system: You are a helpful assistant.
user:
Analyze the provided spectrum to determine if it is a **S-type Star**.

- **Key Indicators for S-type Star:**

    - **(Overall Spectrum Shape):** The first and most obvious characteristic is the overall continuum (the "baseline" shape). It is **extremely "red-sloping,"** meaning the flux (light intensity) is very low on the left side (blue, ~4000-4500 Å) and rises steeply and continuously toward the right side (red, ~7000 Å+).

    - **(Primary):** The spectrum is defined by the presence of strong, broad molecular absorption "valleys" (bands) from **Zirconium Oxide (ZrO)**. The identification of these bands is the **primary requirement** for classifying a star as S-type.
        - **(Key Bandheads):** You must find distinct, deep "dips" where the light has been absorbed. The most critical band systems to locate are:
            - **~6474 Å** ($\gamma$-system): This is often the strongest and clearest ZrO feature, found in the red part of the spectrum.
            - **~5718 Å** & **~5551 Å** ($\beta$-system): A pair of prominent absorption features in the yellow-orange part of the spectrum.
            - **~4640 Å** ($\alpha$-system): A key absorption band system in the blue-green region of the spectrum.

    - **(Secondary Confirmation):** The classification is strengthened by finding additional absorption bands from other related heavy element oxides, which are expected to be present alongside ZrO.
        - **(Key Bandheads):**
            - **Yttrium Oxide (YO):** Look for absorption dips near **~4800 Å** and **~6100 Å**.
            - **Lanthanum Oxide (LaO):** Additional absorption features, particularly in the red-orange part of the spectrum, are also characteristic.

    - **(Line Profile):** The combination of the steep red continuum and these numerous, deep molecular bands (ZrO, YO, etc.) gives the entire spectrum a very **"chopped-up"** or **"bumpy"** appearance. Instead of a smooth curve, the spectrum looks as though large, wide chunks of light have been "carved out" of it at the specific wavelengths listed above.

Think first, call **spectral_visualization_tool** if needed to examine features in detail, then provide your final answer. Your response must adhere to the following strict rules:
1.  **Overall Structure:** Your response must follow the format `<think>...</think> <tool_call>...</tool_call> (if a tool is used) <answer>...</answer>`.
2.  **Tool Usage Constraint:** You may only make **one** tool call per turn.
3.  **Final Answer Format:** In the `<answer>` tag, your conclusion must be inside a `\boxed{}` command (e.g., `\boxed{YES}` or `\boxed{NO}`), followed by your justification.

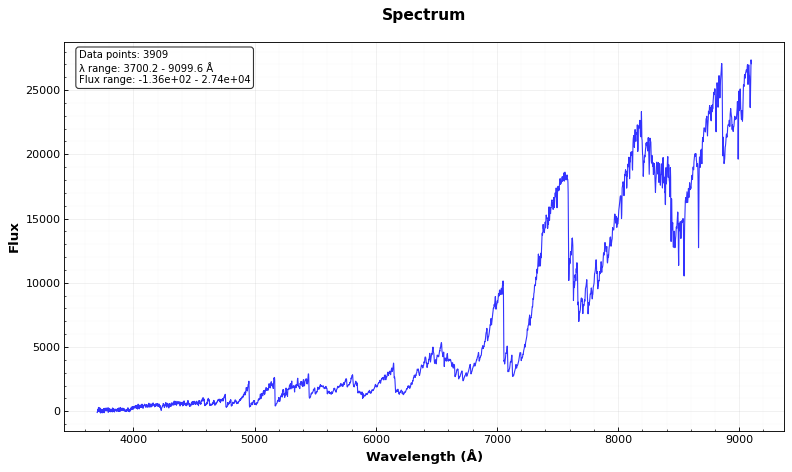
Answer: YES